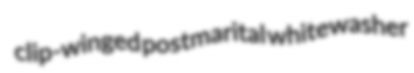
clip-winged postmarital whitewasher